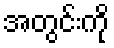
အတွင်းကို